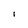
Character: i